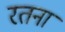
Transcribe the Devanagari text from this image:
रतना